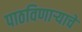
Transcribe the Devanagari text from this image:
पाठविणाऱ्याचे